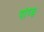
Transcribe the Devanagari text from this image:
पांण्ड्य